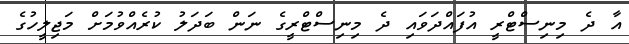
އާ ދެ މިނިސްޓްރީ އުފައްދަވައި ދެ މިނިސްޓްރީގެ ނަން ބަދަލު ކުރެއްވުމަށް މަޖިލީހުގެ